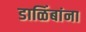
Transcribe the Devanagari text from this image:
डाळिंबांना